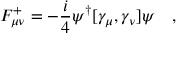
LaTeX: F _ { \mu \nu } ^ { + } = - \frac { i } { 4 } \psi ^ { \dag } [ \gamma _ { \mu } , \gamma _ { \nu } ] \psi ~ ~ ~ ,